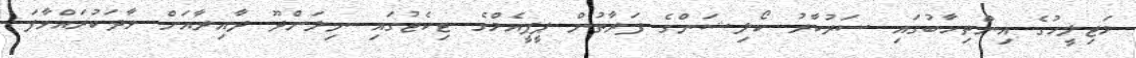
މަޖިލީހުގެ އިންތިހާބުގައި ސަރުކާރު ކޯލިޝަންގެ ފަރާތުން ޕީޕީއެމްގެ ޓިކެޓުގައި ނިލަންދޫ ދާއިރާއަށް ވާދަކުރައްވާފަ